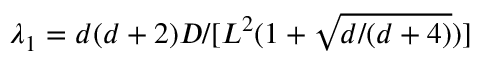
\lambda _ { 1 } = d ( d + 2 ) D / [ L ^ { 2 } ( 1 + \sqrt { d / ( d + 4 ) } ) ]